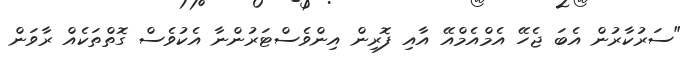
"ސަރުކާރުން އެބަ ޖެހޭ އެމްއެމްއޭ އާއި ފޮރިން އިންވެސްޓަރުންނާ އެކުވެސް ގޮތްތަކެއް ރާވަން